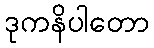
ဒုကနိပါတော